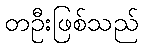
တဦးဖြစ်သည်